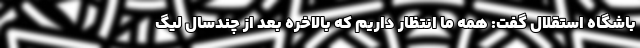
باشگاه استقلال گفت: همه ما انتظار داریم که بالاخره بعد از چندسال لیگ